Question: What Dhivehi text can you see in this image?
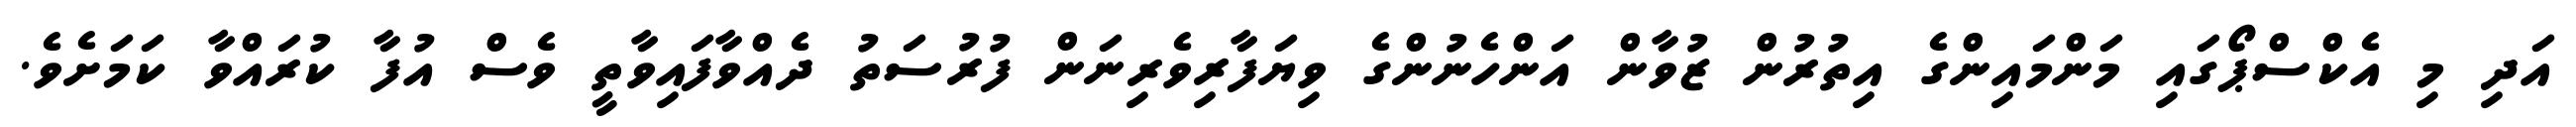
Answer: އަދި މި އެކްސްޕޯގައި މަންމައިންގެ އިތުރުން ޒުވާން އަންހެނުންގެ ވިޔަފާރިވެރިނަން ފުރުސަތު ދެއްވާފައިވާތީ ވެސް އުފާ ކުރައްވާ ކަމަށެވެ.